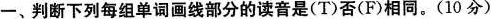
一、判断下列每组单词画线部分的读音是(T)否(F)相同。(10分)